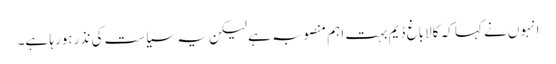
انہوں نے کہا کہ کالاباغ ڈیم بہت اہم منصوبہ ہے لیکن یہ سیاست کی نذر ہورہا ہے۔